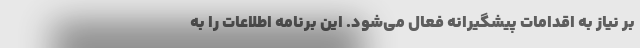
بر نیاز به اقدامات پیشگیرانه فعال می‌شود. این برنامه اطلاعات را به